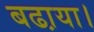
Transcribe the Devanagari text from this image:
बढा़या।